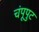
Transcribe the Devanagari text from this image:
चंपूपुट